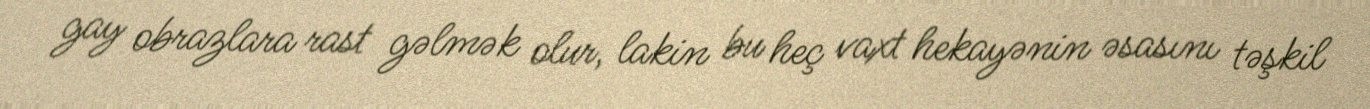
gay obrazlara rast gəlmək olur, lakin bu heç vaxt hekayənin əsasını təşkil